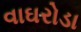
વાઘરોડા